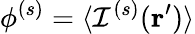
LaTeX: \phi^{(s)}=\langle\mathcal{I}^{(s)}(\mathbf{r}^{\prime})\rangle